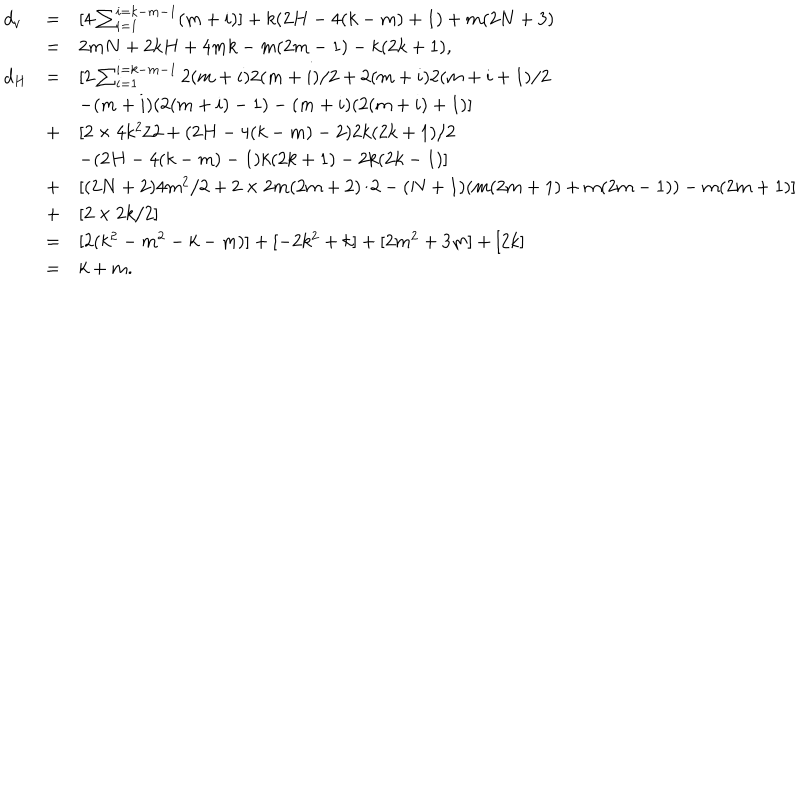
\begin{array} { l l l } { { d _ { v } } } & { { = } } & { { [ 4 \sum _ { i = 1 } ^ { i = k - m - 1 } ( m + i ) ] + k ( 2 H - 4 ( k - m ) + 1 ) + m ( 2 N + 3 ) } } \\ { { } } & { { = } } & { { 2 m N + 2 k H + 4 m k - m ( 2 m - 1 ) - k ( 2 k + 1 ) , } } \\ { { d _ { H } } } & { { = } } & { { [ 2 \sum _ { i = 1 } ^ { i = k - m - 1 } 2 ( m + i ) 2 ( m + i ) / 2 + 2 ( m + i ) 2 ( m + i + 1 ) / 2 } } \\ { { } } & { { } } & { { - ( m + i ) ( 2 ( m + i ) - 1 ) - ( m + i ) ( 2 ( m + i ) + 1 ) ] } } \\ { { } } & { { + } } & { { [ 2 \times 4 k ^ { 2 } / 2 + ( 2 H - 4 ( k - m ) - 2 ) 2 k ( 2 k + 1 ) / 2 } } \\ { { } } & { { } } & { { - ( 2 H - 4 ( k - m ) - 1 ) k ( 2 k + 1 ) - 2 k ( 2 k - 1 ) ] } } \\ { { } } & { { + } } & { { [ ( 2 N + 2 ) 4 m ^ { 2 } / 2 + 2 \times 2 m ( 2 m + 2 ) / 2 - ( N + 1 ) ( m ( 2 m + 1 ) + m ( 2 m - 1 ) ) - m ( 2 m + 1 ) ] } } \\ { { } } & { { + } } & { { [ 2 \times 2 k / 2 ] } } \\ { { } } & { { = } } & { { [ 2 ( k ^ { 2 } - m ^ { 2 } - k - m ) ] + [ - 2 k ^ { 2 } + k ] + [ 2 m ^ { 2 } + 3 m ] + [ 2 k ] } } \\ { { } } & { { = } } & { { k + m . } } \\ \end{array}